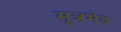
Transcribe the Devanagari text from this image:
सूत्रभेद